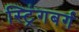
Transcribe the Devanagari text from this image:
स्ट्रिंगबर्ग